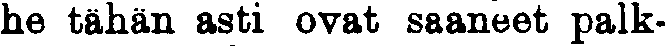
he tähän asti ovat saaneet palk-